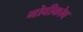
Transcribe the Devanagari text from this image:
नोवीकोव